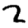
Digit: 2